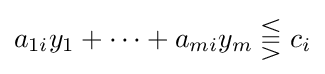
a_{1i}y_{1}+\cdots +a_{mi}y_{m}\lesseqqgtr c_{i}